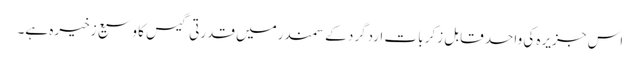
اس جزیرہ کی واحد قابل زکر بات اردگرد کے سمندرمیں قدرتی گیس کا وسیع زخیرہ ہے۔